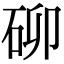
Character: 𮀐